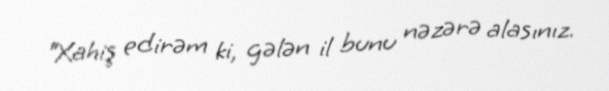
“Xahiş edirəm ki, gələn il bunu nəzərə alasınız.